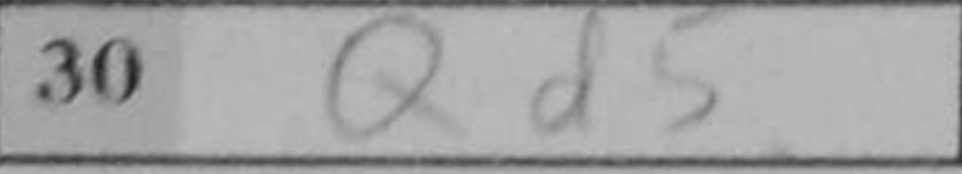
Transcription: Qd5